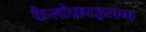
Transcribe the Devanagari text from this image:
कैलोफ़ाइलम